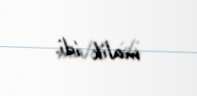
malik idi.